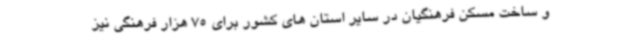
و ساخت مسکن فرهنگیان در سایر استان های کشور برای 75 هزار فرهنگی نیز